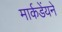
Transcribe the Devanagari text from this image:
मार्कडेंयने